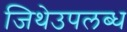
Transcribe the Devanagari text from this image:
जिथेउपलब्ध